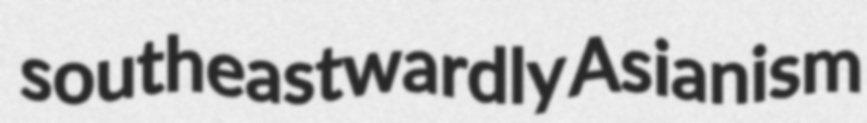
southeastwardly Asianism